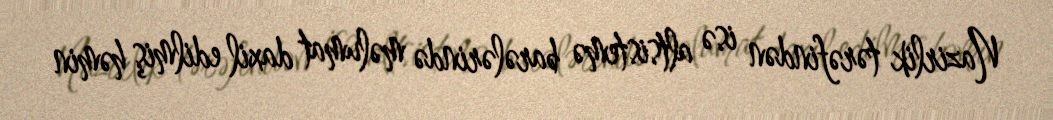
Nazirlik tərəfindən isə altsistemə barələrində məlumat daxil edilmiş həmin